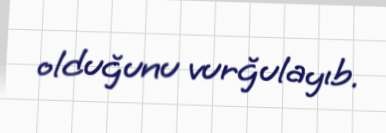
olduğunu vurğulayıb.